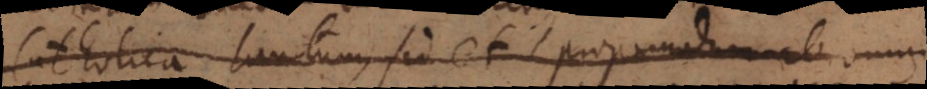
Catholica tantum, sed et proponendum ab omni